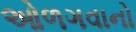
ઓળગવાનો